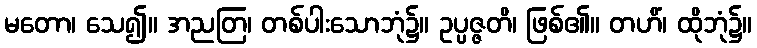
မတော၊ သေ၍။ အညတြ၊ တစ်ပါးသောဘုံ၌။ ဥပ္ပဇ္ဇတိ၊ ဖြစ်၏။ တဟိံ၊ ထိုဘုံ၌။